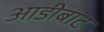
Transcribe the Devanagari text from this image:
आडीबाट